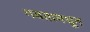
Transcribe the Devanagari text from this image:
गवतामधून